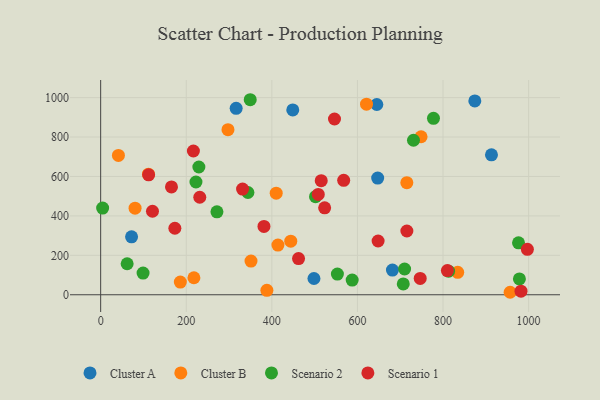
{"axis": {"x": "Investment", "y": "Profit"}, "legend": ["Cluster A", "Cluster B", "Scenario 1", "Scenario 2"], "data": [{"x": "681.8", "y": 125.4, "type": "Cluster A"}, {"x": "913.2", "y": 709.9, "type": "Cluster A"}, {"x": "647.3", "y": 592.0, "type": "Cluster A"}, {"x": "72.2", "y": 294.1, "type": "Cluster A"}, {"x": "874.3", "y": 983.4, "type": "Cluster A"}, {"x": "316.6", "y": 945.6, "type": "Cluster A"}, {"x": "448.9", "y": 937.9, "type": "Cluster A"}, {"x": "645.3", "y": 965.1, "type": "Cluster A"}, {"x": "498.4", "y": 82.4, "type": "Cluster A"}, {"x": "748.7", "y": 801.5, "type": "Cluster B"}, {"x": "297.5", "y": 837.6, "type": "Cluster B"}, {"x": "956.8", "y": 12.6, "type": "Cluster B"}, {"x": "186.2", "y": 64.2, "type": "Cluster B"}, {"x": "410.2", "y": 515.1, "type": "Cluster B"}, {"x": "111.7", "y": 611.9, "type": "Cluster B"}, {"x": "715.4", "y": 568.4, "type": "Cluster B"}, {"x": "217.9", "y": 86.4, "type": "Cluster B"}, {"x": "414.2", "y": 252.2, "type": "Cluster B"}, {"x": "41.5", "y": 706.6, "type": "Cluster B"}, {"x": "388.4", "y": 22.7, "type": "Cluster B"}, {"x": "834.3", "y": 113.7, "type": "Cluster B"}, {"x": "80.4", "y": 439.3, "type": "Cluster B"}, {"x": "621.2", "y": 966.7, "type": "Cluster B"}, {"x": "351.3", "y": 170.9, "type": "Cluster B"}, {"x": "444.2", "y": 271.7, "type": "Cluster B"}, {"x": "777.7", "y": 894.8, "type": "Scenario 2"}, {"x": "4.6", "y": 439.6, "type": "Scenario 2"}, {"x": "229.5", "y": 648.2, "type": "Scenario 2"}, {"x": "99.1", "y": 110.1, "type": "Scenario 2"}, {"x": "978.5", "y": 80.2, "type": "Scenario 2"}, {"x": "502.1", "y": 497.4, "type": "Scenario 2"}, {"x": "553.2", "y": 104.7, "type": "Scenario 2"}, {"x": "707.1", "y": 55.1, "type": "Scenario 2"}, {"x": "61.9", "y": 157.2, "type": "Scenario 2"}, {"x": "587.7", "y": 74.4, "type": "Scenario 2"}, {"x": "271.7", "y": 420.8, "type": "Scenario 2"}, {"x": "976.4", "y": 263.6, "type": "Scenario 2"}, {"x": "710.2", "y": 130.8, "type": "Scenario 2"}, {"x": "349.5", "y": 989.4, "type": "Scenario 2"}, {"x": "731.0", "y": 783.9, "type": "Scenario 2"}, {"x": "222.7", "y": 572.1, "type": "Scenario 2"}, {"x": "813.0", "y": 119.7, "type": "Scenario 2"}, {"x": "344.1", "y": 518.8, "type": "Scenario 2"}, {"x": "515.4", "y": 578.8, "type": "Scenario 1"}, {"x": "112.1", "y": 608.3, "type": "Scenario 1"}, {"x": "997.1", "y": 230.5, "type": "Scenario 1"}, {"x": "648.3", "y": 272.8, "type": "Scenario 1"}, {"x": "715.5", "y": 323.4, "type": "Scenario 1"}, {"x": "810.2", "y": 122.9, "type": "Scenario 1"}, {"x": "165.5", "y": 547.1, "type": "Scenario 1"}, {"x": "331.6", "y": 536.3, "type": "Scenario 1"}, {"x": "381.6", "y": 346.8, "type": "Scenario 1"}, {"x": "121.1", "y": 423.6, "type": "Scenario 1"}, {"x": "746.7", "y": 82.7, "type": "Scenario 1"}, {"x": "523.4", "y": 441.0, "type": "Scenario 1"}, {"x": "567.9", "y": 580.5, "type": "Scenario 1"}, {"x": "982.2", "y": 18.1, "type": "Scenario 1"}, {"x": "462.4", "y": 183.5, "type": "Scenario 1"}, {"x": "546.4", "y": 891.5, "type": "Scenario 1"}, {"x": "216.7", "y": 729.4, "type": "Scenario 1"}, {"x": "508.5", "y": 508.8, "type": "Scenario 1"}, {"x": "231.6", "y": 494.7, "type": "Scenario 1"}, {"x": "173.4", "y": 337.4, "type": "Scenario 1"}]}